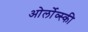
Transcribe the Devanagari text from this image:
ओर्लोव्स्की